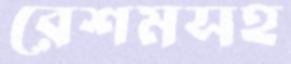
রেশমসহ